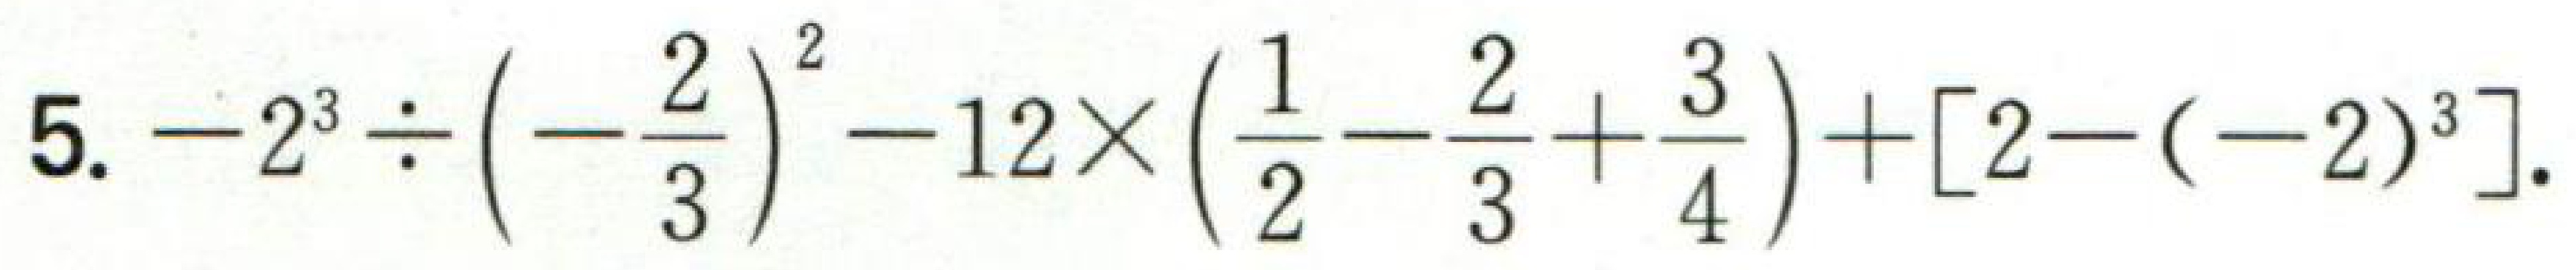
\(5. -2^{3}\div\left(-\dfrac{2}{3}\right)^{2}-12\times\left(\dfrac{1}{2}-\dfrac{2}{3}+\dfrac{3}{4}\right)+[2-(-2)^{3}]\)